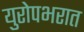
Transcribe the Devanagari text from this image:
युरोपभरात